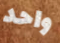
واحد